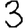
Digit: 3